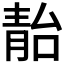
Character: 𩇚